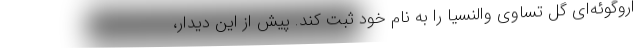
اروگوئه‌ای گل تساوی والنسیا را به نام خود ثبت کند. پیش از این دیدار،